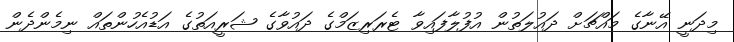
މިދަނީ އޭނާގެ މައްޗަށް ދައުލަތުން އުފުލާފައިވާ ޓެރަރިޒަމްގެ ދައުވާގެ ޝަރީއަތުގެ އަޑުއެހުންތައް ނިމެންދެން